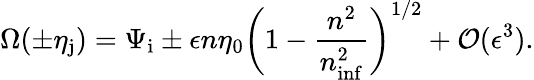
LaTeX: \Omega(\pm\eta_{\mathrm{j}})=\Psi_{\mathrm{i}}\pm\epsilon n\eta_{0}\biggl(1-\frac{n^{2}}{n_{\mathrm{inf}}^{2}}\biggr)^{1/2}+{\cal O}(\epsilon^{3}).